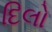
દિલો